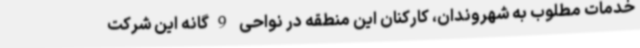
خدمات مطلوب به شهروندان، کارکنان این منطقه در نواحی 9گانه این شرکت